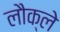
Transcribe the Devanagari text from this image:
लौक्ले